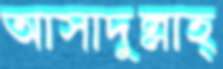
আসাদুল্লাহ্